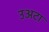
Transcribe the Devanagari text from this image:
उअटा